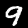
Digit: 9